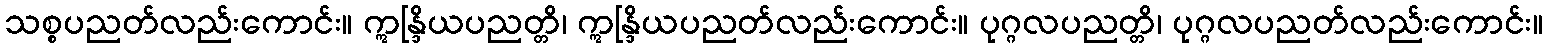
သစ္စပညတ်လည်းကောင်း။ ဣန္ဒြိယပညတ္တိ၊ ဣန္ဒြိယပညတ်လည်းကောင်း။ ပုဂ္ဂလပညတ္တိ၊ ပုဂ္ဂလပညတ်လည်းကောင်း။